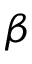
\beta